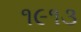
૧૯૧૩